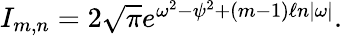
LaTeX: \begin{array}{r}{I_{m,n}=2\sqrt{\pi}e^{\omega^{2}-\psi^{2}+(m-1)\ell n|\omega|}.}\end{array}